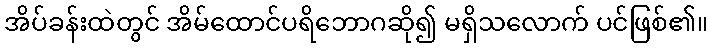
အိပ်ခန်းထဲတွင် အိမ်ထောင်ပရိဘောဂဆို၍ မရှိသလောက် ပင်ဖြစ်၏။